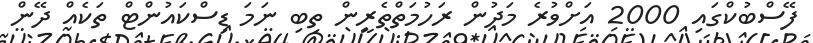
ފޭސްބުކްގައި 2000 އަށްވުރެ މަދުން ރަހުމަތްތެރީން ތިބި ނަމަ ޑިސްކައުންޓް ތަކެއް ދޭން